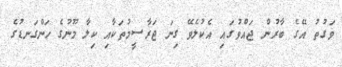
ވަގުތު އޭގެ ބާރުން ޖައްވުގައި އެކުލެވޭ ގިނަ ޖަރާސީމުތަކާއި ކިލާ މޫނުގެ ހަންގަނޑުގެ